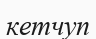
кетчуп